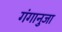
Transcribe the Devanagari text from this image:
गंगानुजा